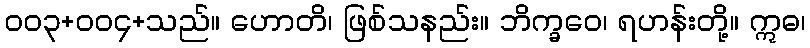
ဝဝ၃+ဝဝ၄+သည်။ ဟောတိ၊ ဖြစ်သနည်း။ ဘိက္ခဝေ၊ ရဟန်းတို့။ ဣဓ၊